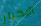
الاخبار